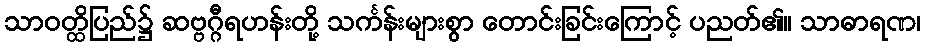
သာဝတ္ထိပြည်၌ ဆဗ္ဗဂ္ဂီရဟန်းတို့ သင်္ကန်းများစွာ တောင်းခြင်းကြောင့် ပညတ်၏။ သာဓာရဏ၊